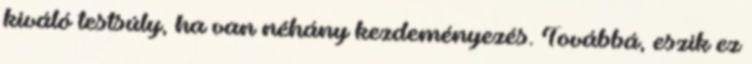
kiváló testsúly, ha van néhány kezdeményezés. Továbbá, eszik ez